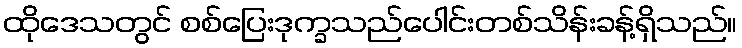
ထိုဒေသတွင် စစ်ပြေးဒုက္ခသည်ပေါင်းတစ်သိန်းခန့်ရှိသည်။